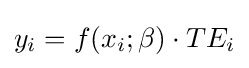
y_{i}=f(x_{i};\beta )\cdot TE_{i}